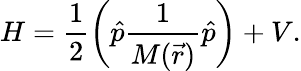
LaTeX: H=\frac{1}{2}\left(\hat{p}\frac{1}{M(\vec{r})}\hat{p}\right)+V.